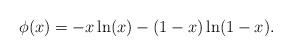
LaTeX: \begin{align*}\phi(x) = -x \ln(x) - (1 - x) \ln(1 - x) .\end{align*}